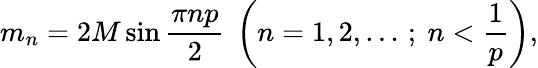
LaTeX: m_{n}=2M\sin\frac{\pi np}{2}~\left(n=1,2,\ldots\, ;~n<\frac{1}{p}\right),